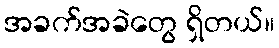
အခက်အခဲတွေ ရှိတယ်။